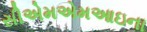
સીએમએમઆઇના